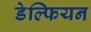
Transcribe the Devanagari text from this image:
डेल्फियन